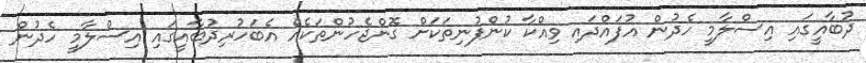
ދުބާއީގައި އިސްލާމީ ހެދުން އުފައްދައި ވިއްކާ ކުންފުނިތަކަށް ގޮންޖެހުންތަކެއް އެބަހުރިދުބާއީގައި އިސްލާމީ ހެދުން